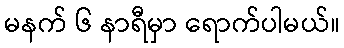
မနက် ၆ နာရီမှာ ရောက်ပါမယ်။